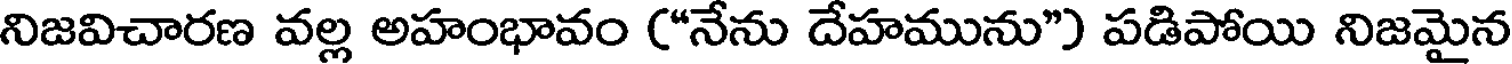
నిజవిచారణ వల్ల అహంభావం ("నేను దేహమును") పడిపోయి నిజమైన